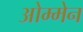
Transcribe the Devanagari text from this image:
ओम्मेन